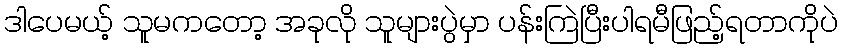
ဒါပေမယ့် သူမကတော့ အခုလို သူများပွဲမှာ ပန်းကြဲပြီးပါရမီဖြည့်ရတာကိုပဲ